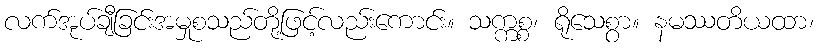
လက်အုပ်ချီခြင်းအမှုစသည်တို့ဖြင့်လည်းကောင်း။ သက္ကစ္စ၊ ရိုသေစွာ။ နမဿတိယထာ၊